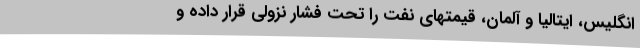
انگلیس، ایتالیا و آلمان، قیمتهای نفت را تحت فشار نزولی قرار داده و